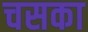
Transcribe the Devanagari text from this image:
चसका